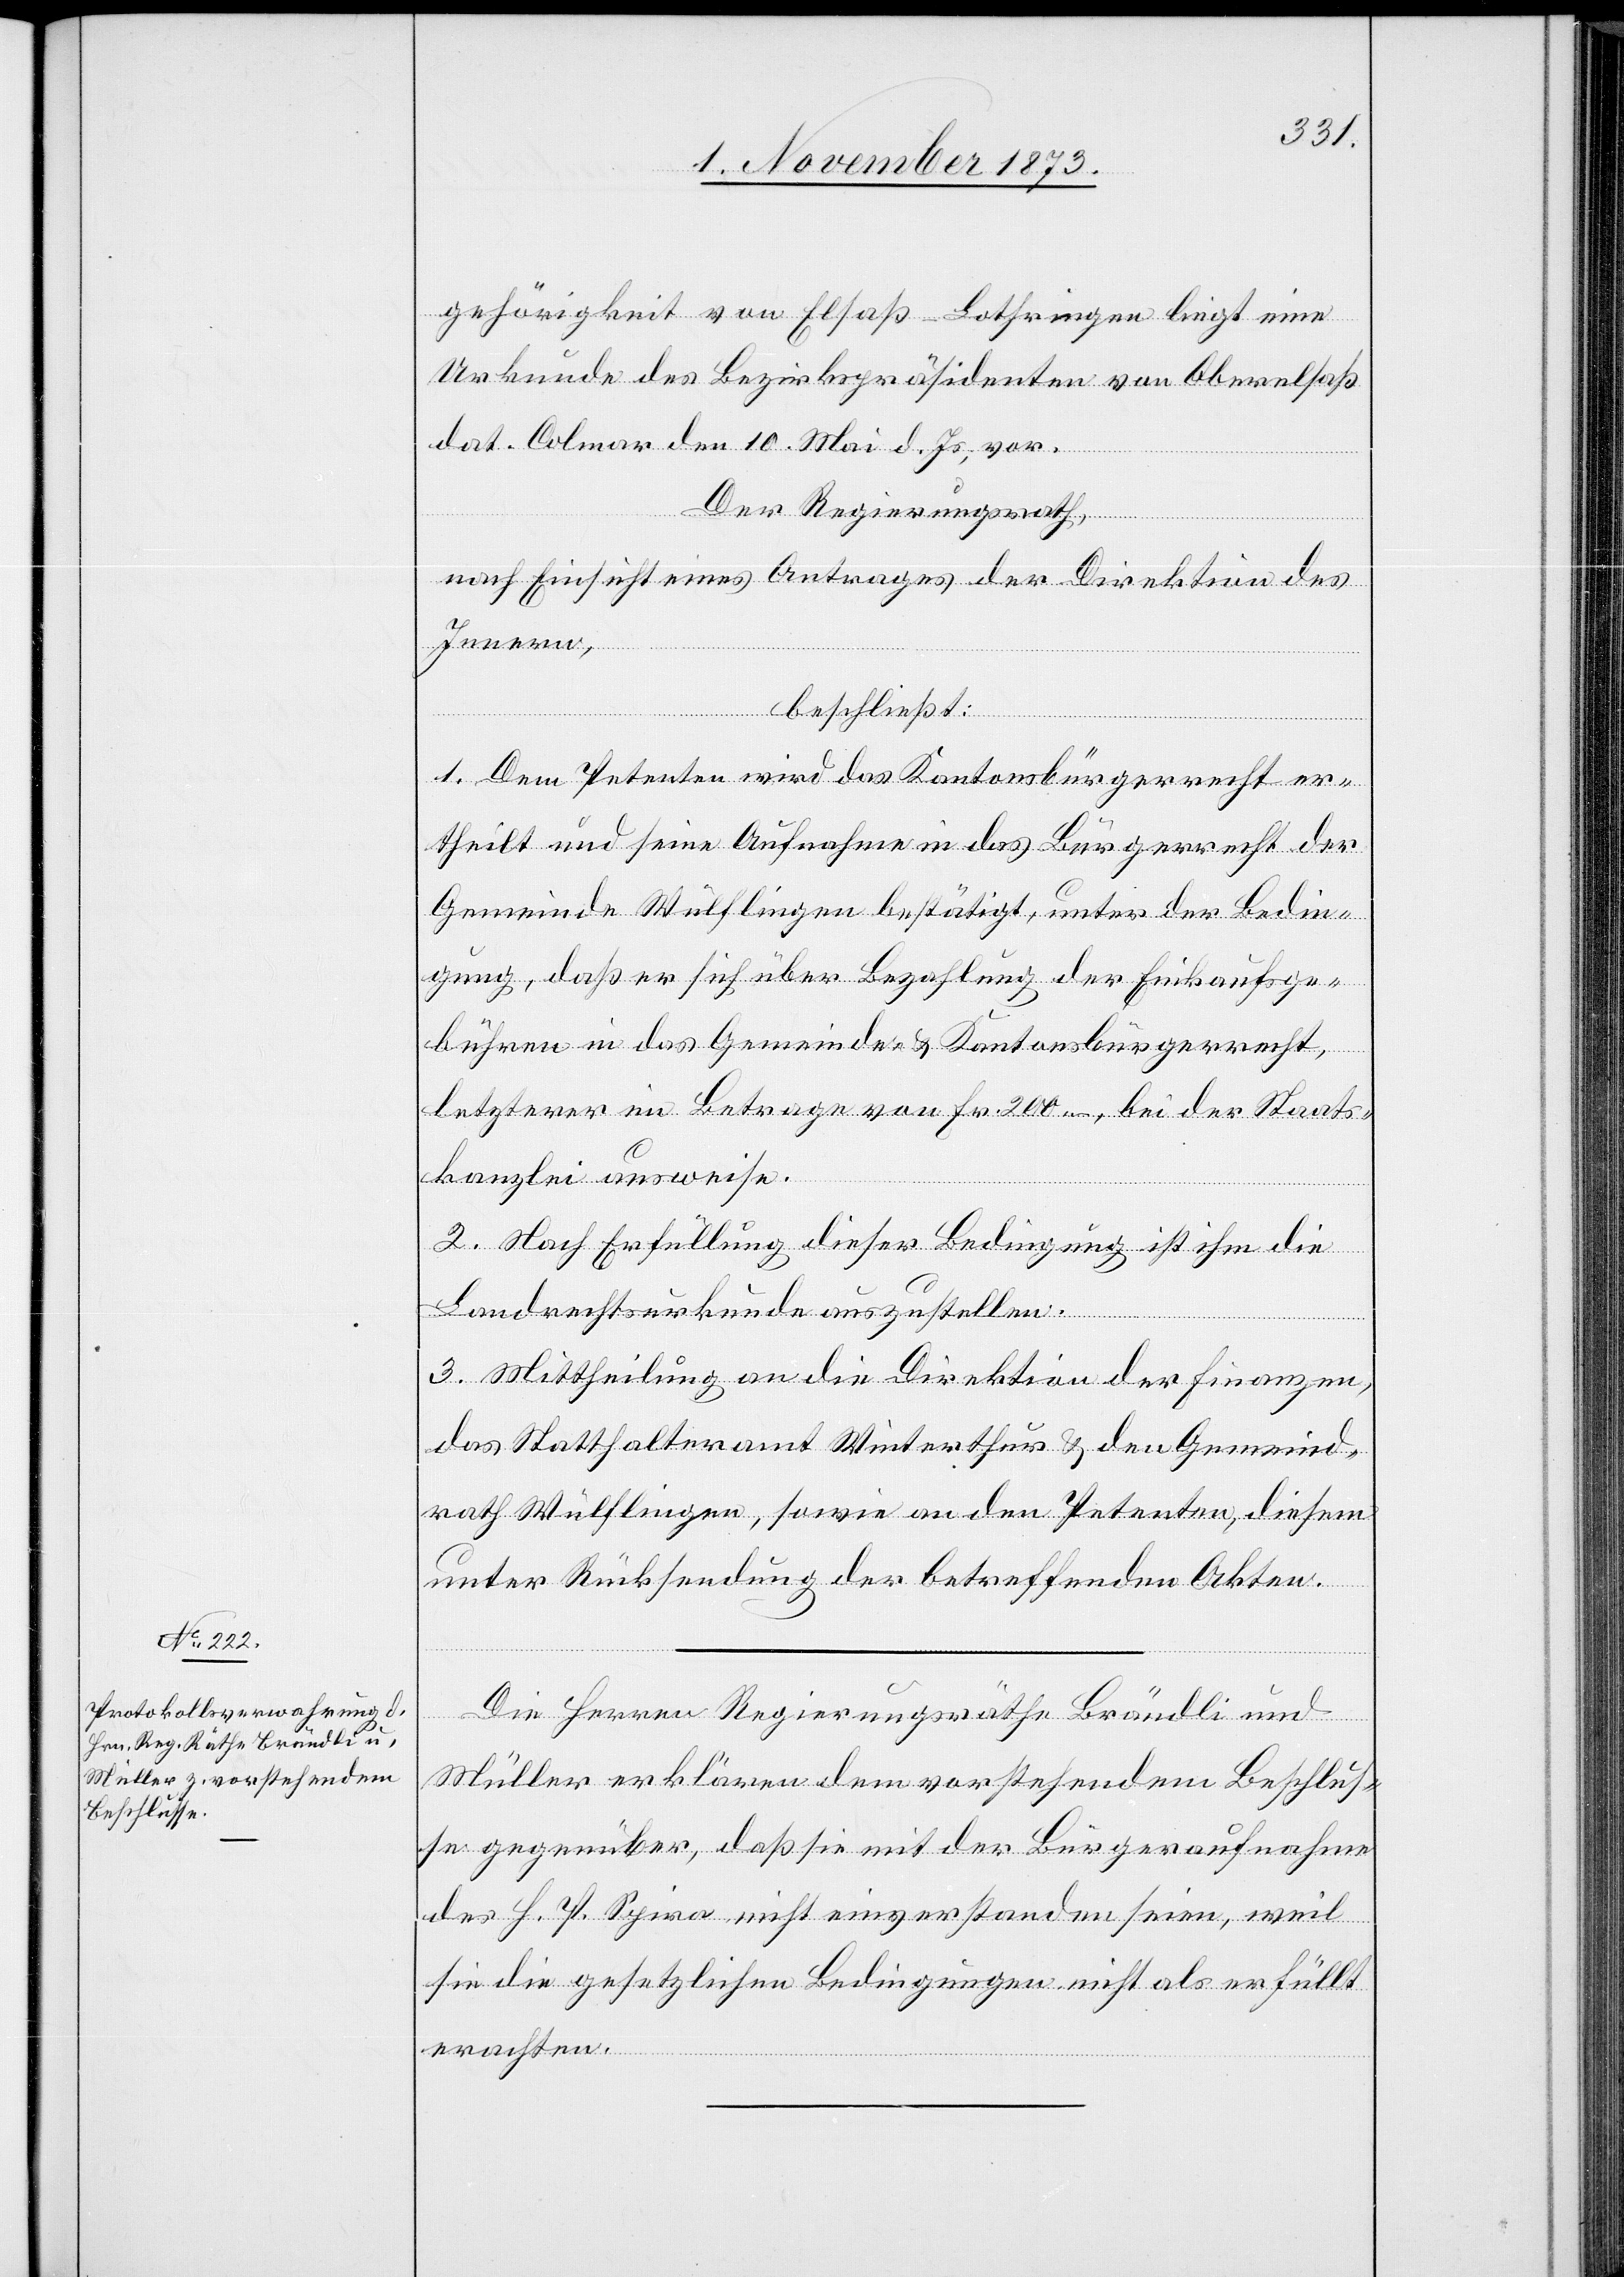
gehörigkeit von Elsaß-Lothringen liegt eine
Urkunde des Bezirkspräsidenten von Oberelsaß
dat. Colmar den 10. Mai d. Js., vor.
Der Regierungsrath,
nach Einsicht eines Antrages der Direktion des
Innern,
beschließt:
1. Dem Petenten wird das Kantonsbürgerrecht er¬
theilt und seine Aufnahme in das Bürgerrecht der
Gemeinde Wülflingen bestätigt, unter der Bedin¬
gung, daß er sich über Bezahlung der Einkaufsge¬
bühren in das Gemeinde- & Kantonsbürgerrecht,
letzterer im Betrage von Fr. 200 –, bei der Staats¬
kanzlei ausweise.
2. Nach Erfüllung dieser Bedingung ist ihm die
Landrechtsurkunde auszustellen.
3. Mittheilung an die Direktion der Finanzen,
das Statthalteramt Winterthur & den Gemeind¬
rath Wülflingen, sowie an den Petenten, diesem
unter Rücksendung der betreffenden Akten.
Die Herren Regierungsräthe Brändli und
Müller erklären dem vorstehendem [sic!] Beschlus¬
se gegenüber, daß sie mit der Bürgeraufnahme
des H. P. Spira nicht einverstanden seien, weil
sie die gesetzlichen Bedingungen nicht als erfüllt
erachten.